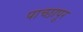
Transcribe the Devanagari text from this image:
पाच्छापूर